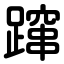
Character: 蹿